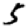
Digit: 5